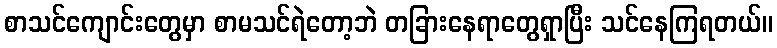
စာသင်ကျောင်းတွေမှာ စာမသင်ရဲတော့ဘဲ တခြားနေရာတွေရှာပြီး သင်နေကြရတယ်။